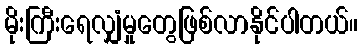
မိုးကြီးရေလျှံမှုတွေဖြစ်လာနိုင်ပါတယ်။